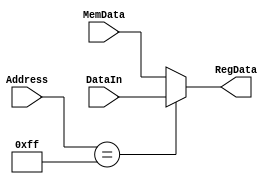
module ParallelIN (
input [15:0] Address,MemData,DataIn,
output [15:0] RegData
);
wire sel;

assign sel = (Address == 8'hFF);
assign RegData = sel ? DataIn : MemData;

endmodule